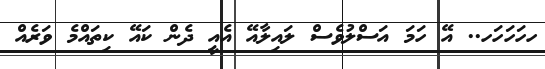
ހހަހަހަހ.. އޭ ހަމަ އަސްލުވެސް ލައިލާއޭ އެއީ ދެން ކައޭ ކިތައްމެ ވަރެއް